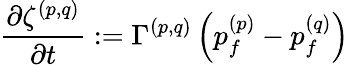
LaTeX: \frac{\partial{\zeta^{(p,q)}}}{\partial{t}}:=\Gamma^{(p,q)}\left(p_{f}^{(p)}-p_{f}^{(q)}\right)